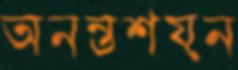
অনন্তশয়ন